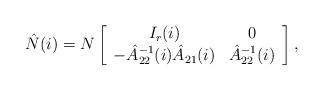
LaTeX: \begin{align*}\hat N(i)=N\left[\begin{array}{cc}I_r(i)&0\\-\hat A^{-1}_{22}(i)\hat A_{21}(i)&\hat A^{-1}_{22}(i)\end{array}\right],\end{align*}